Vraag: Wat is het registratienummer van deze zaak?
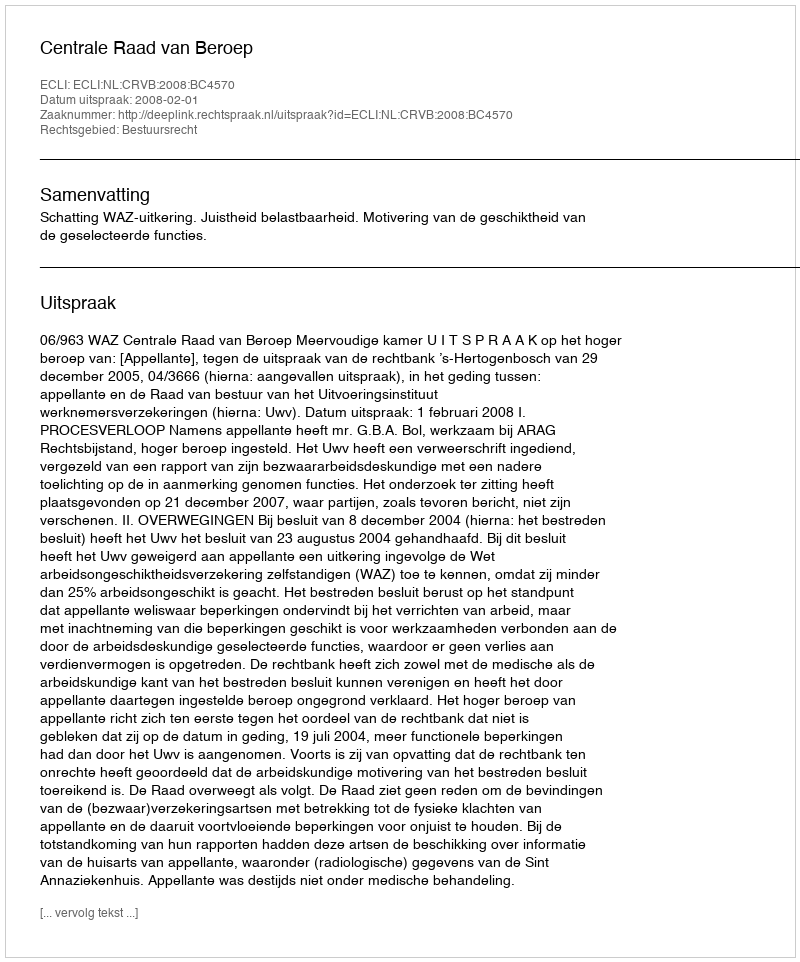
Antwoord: http://deeplink.rechtspraak.nl/uitspraak?id=ECLI:NL:CRVB:2008:BC4570